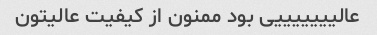
عالیییییییی بود ممنون از کیفیت عالیتون